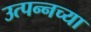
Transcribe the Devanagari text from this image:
उत्पन्नच्या